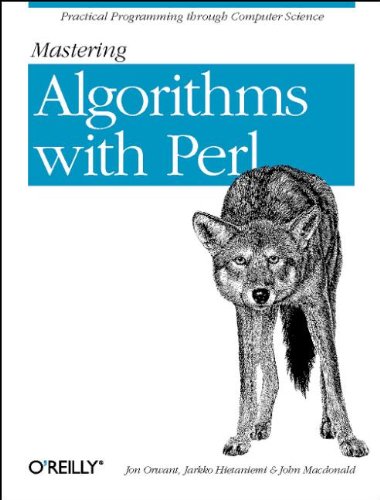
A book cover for Mastering Algorithms with Perl; Jarkko Hietaniemi; Computers & Technology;